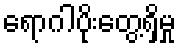
ရောဂါပိုးတွေ့ရှိမှု